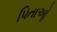
પિતાઓૢ